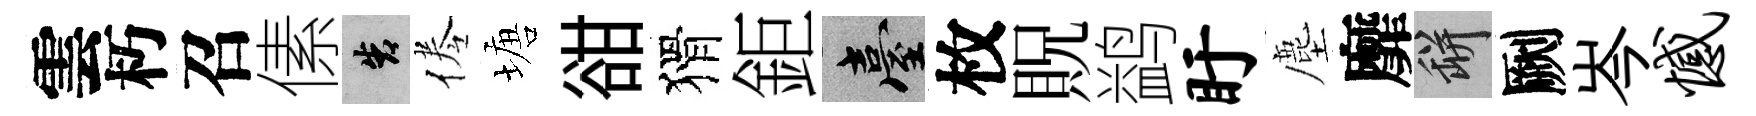
雲朽召傃告倦塘𧮳猾鉅臺枚貺鹢盱塵靡瓶劂岑憾